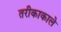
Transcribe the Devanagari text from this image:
तरीकाकाले